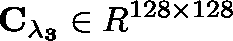
\mathbf { C _ { \lambda _ { 3 } } } \in \mathbb { R } ^ { 1 2 8 \times 1 2 8 }